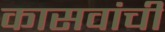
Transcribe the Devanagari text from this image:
कासवांची